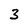
Character: 3